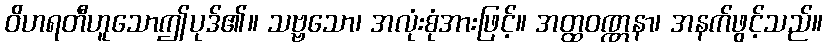
ဝိဟရတီဟူသောဤပုဒ်၏။ သဗ္ဗသော၊ အလုံးစုံအားဖြင့်။ အတ္ထဝဏ္ဏနာ၊ အနက်ဖွင့်သည်။